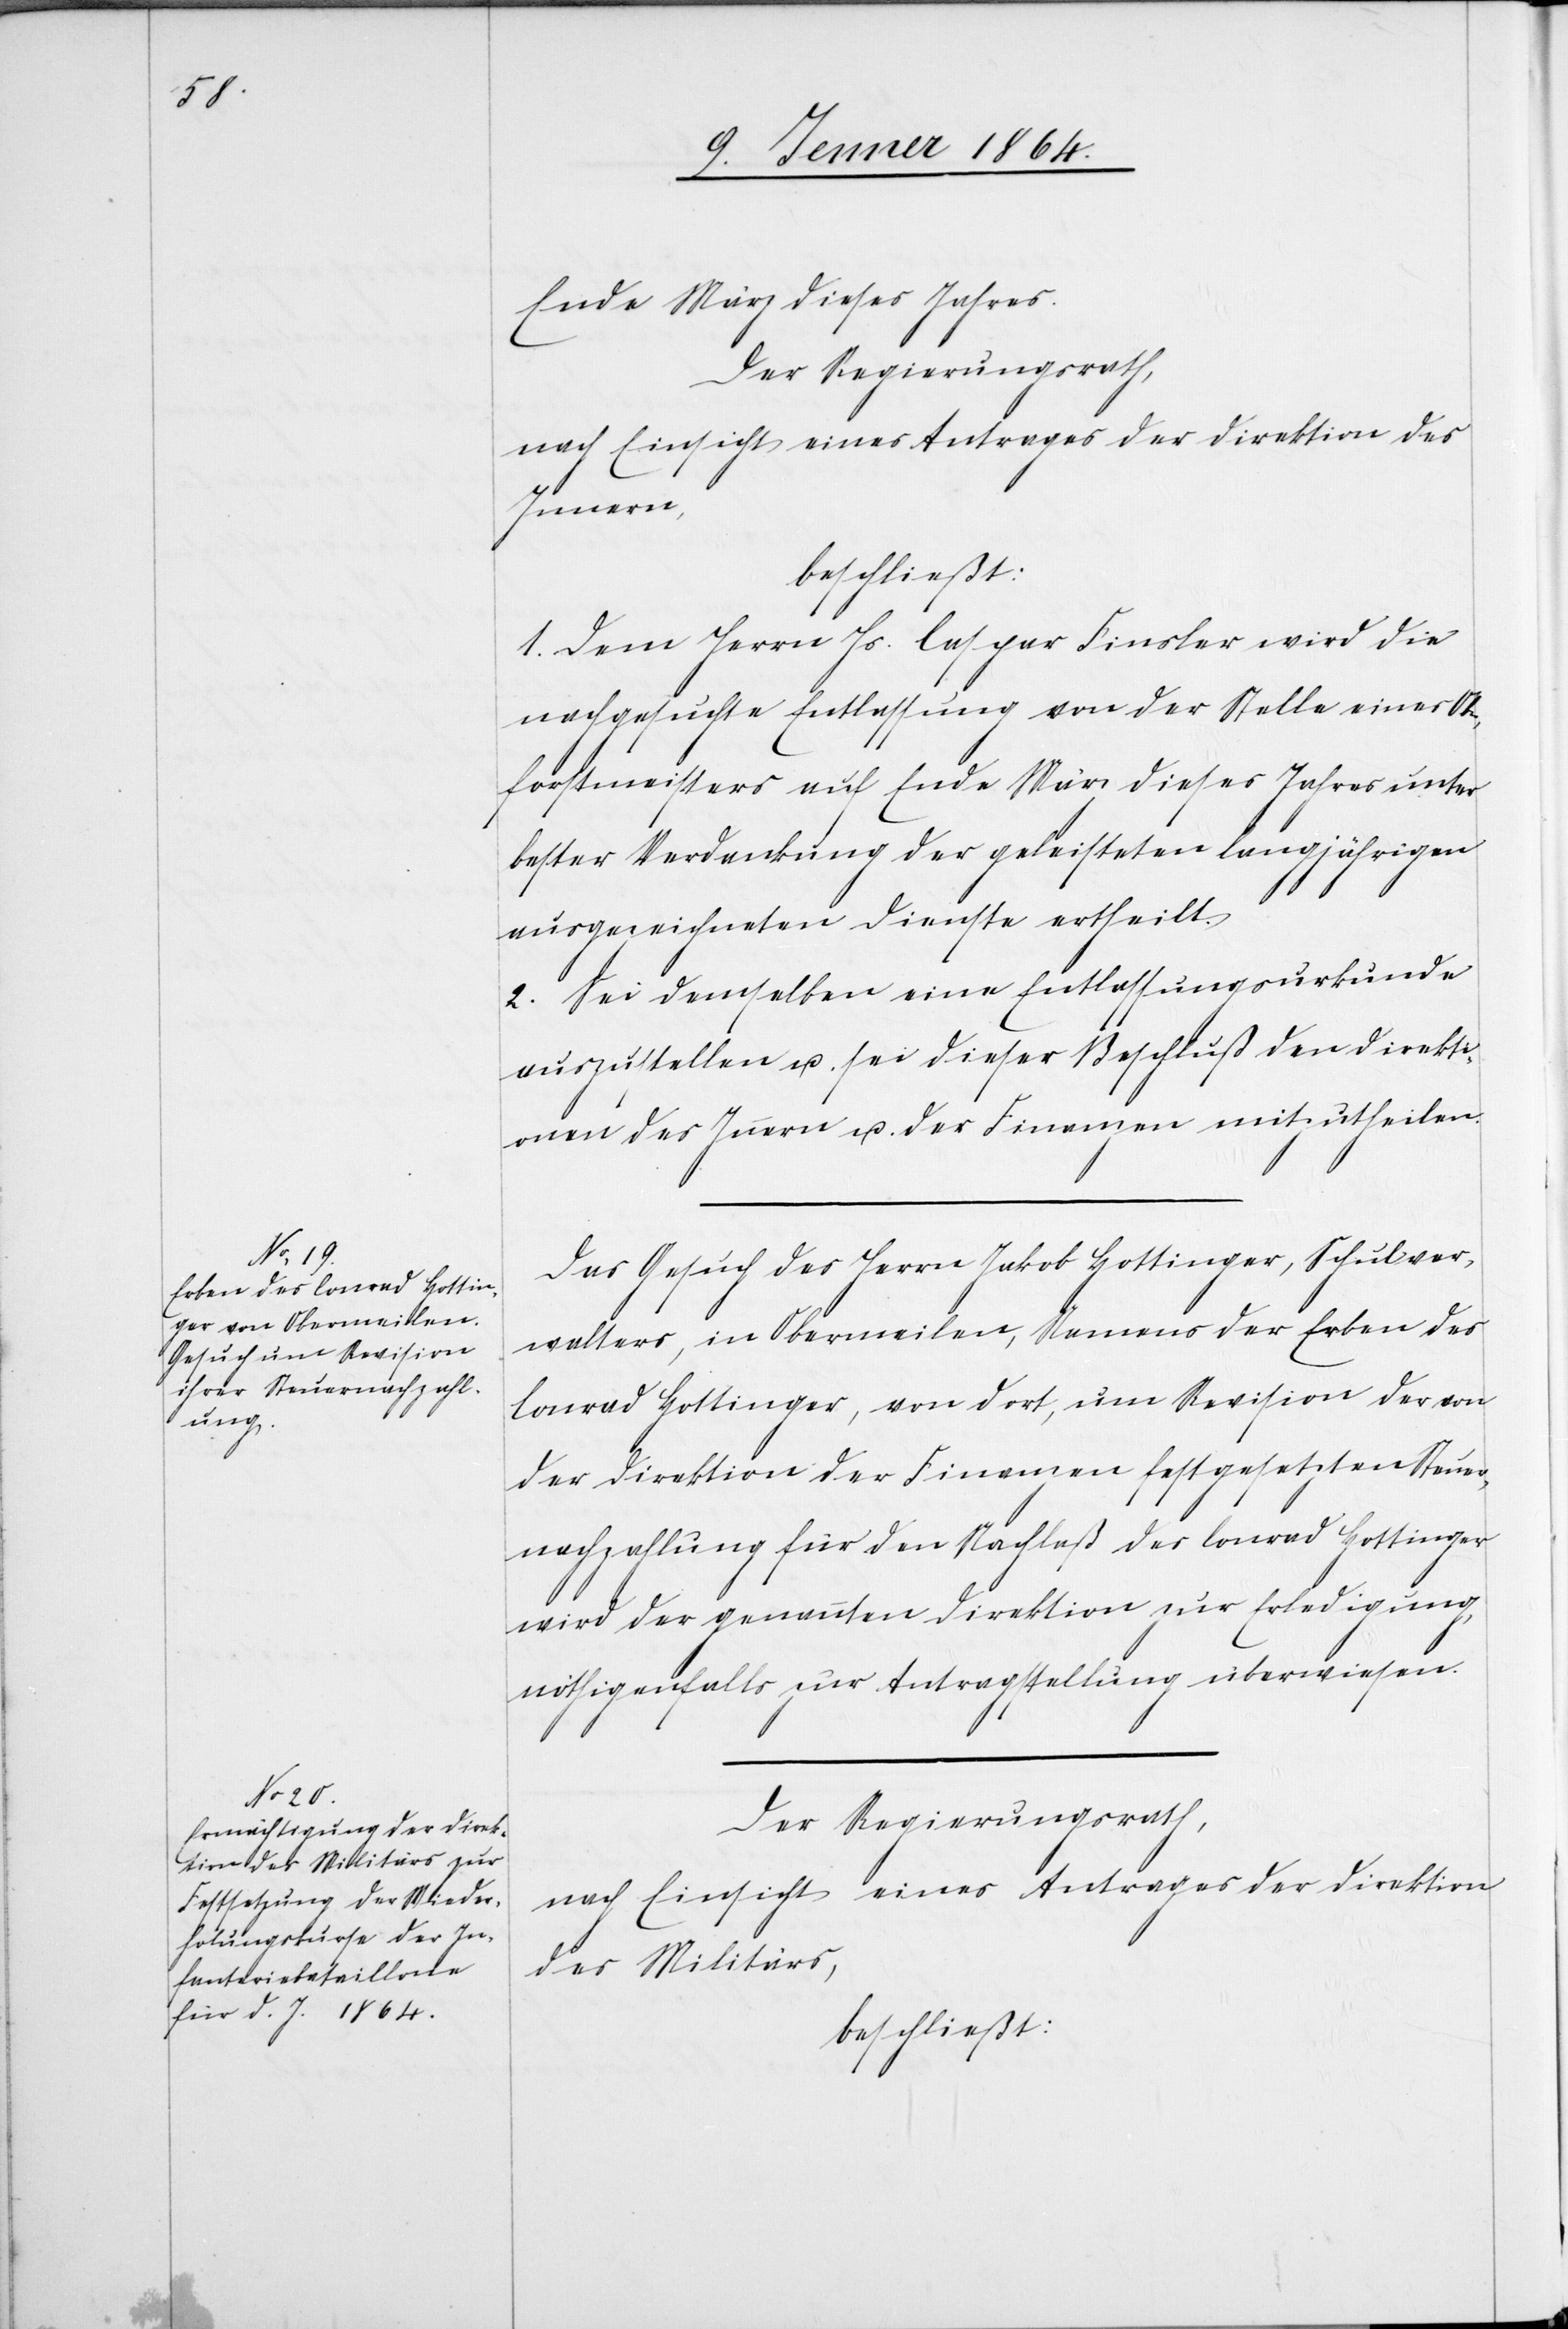
b[er]f¬

Ende März dieses Jahres.
Der Regierungsrath,
nach Einsicht eines Antrages der Direktion des
Innern,
beschließt:
1. Dem Herrn Js. Caspar Finsler wird die
nachgesuchte Entlassung von der Stelle eines O¬
orstmeisters auf Ende März dieses Jahres unter
bester Verdankung der geleisteten langjährigen
ausgezeichneten Dienste ertheilt.
2. Sei demselben eine Entlassungsurkunde
auszustellen u. sei dieser Beschluß den Direkti¬
onen des Innern u. der Finanzen mitzutheilen.
Das Gesuch des Herrn Jakob Hottinger, Schulver¬
walters, in Obermeilen, Namens der Erben des
Conrad Hottinger, von dort, um Revision der von
der Direktion der Finanzen festgesetzten Steuer¬
nachzahlung für den Nachlaß des Conrad Hottinger
wird der genannten Direktion zur Erledigung,
nöthigenfalls zur Antragstellung überwiesen.
Der Regierungsrath,
nach Einsicht eines Antrages der Direktion
des Militärs,
beschließt: